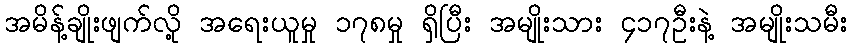
အမိန့်ချိုးဖျက်လို့ အရေးယူမှု ၁၇၈မှု ရှိပြီး အမျိုးသား ၄၁၇ဦးနဲ့ အမျိုးသမီး